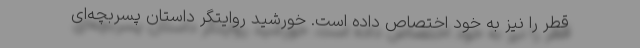
قطر را نیز به خود اختصاص داده است. خورشید روایتگر داستان پسربچه‌ای